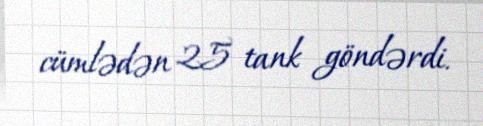
cümlədən 25 tank göndərdi.